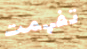
تفهمت